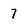
Character: 7